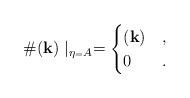
LaTeX: \begin{align*}\#(\mathbf{k})\mid_{\eta_=A} = \begin{cases}(\mathbf{k}) & ,\\0 & .\end{cases}\end{align*}